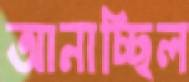
আনাচ্ছিল